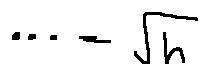
\cdots - \sqrt { h }